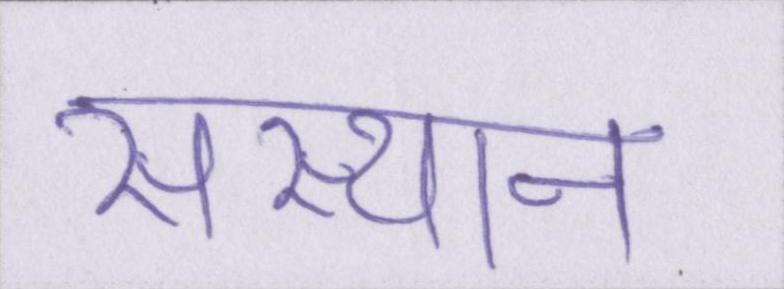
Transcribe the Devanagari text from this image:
संस्थान